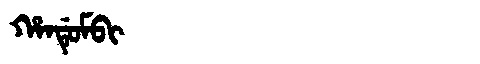
Manchu: ᡥᠠᠨᡩᡠᠮᠪᡳ
Romanization: HANDUMBI